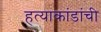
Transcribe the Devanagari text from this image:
हत्याकांडांची